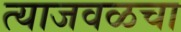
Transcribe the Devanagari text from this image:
त्याजवळचा